Civil Veterinary Department Bihar & Orissa reports 1929-36 - 1929-1936
Year: 1929
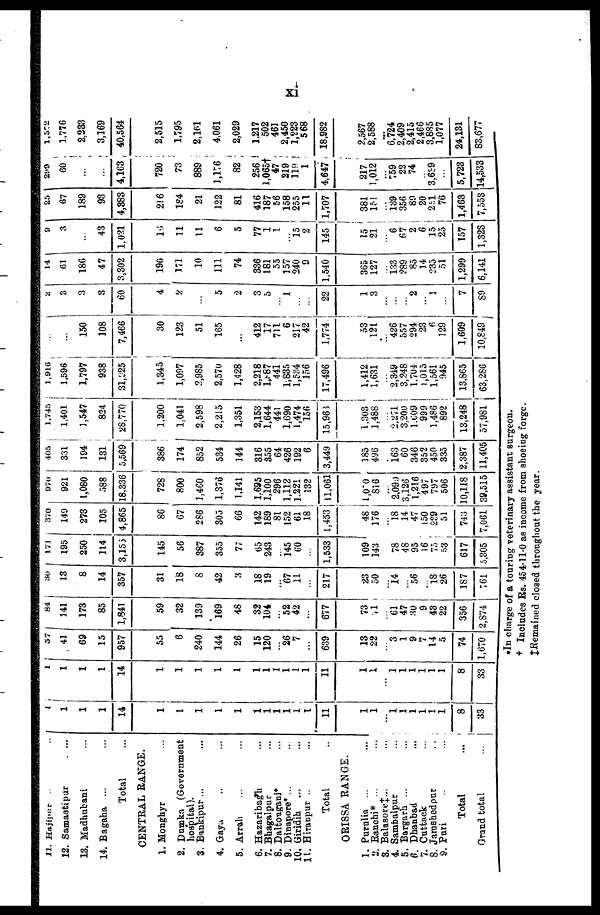
xi
11. Hajipur ...
12. Samastipur ...
13. Madhubani ...
14. Bagaha ... ...
Total
CENTRAL RANGE.
1. Monghyr ...
2. Dumka (Government
hospital).
3. Bankipur ... ...
4. Gaya ... ..
5. Arrah ... ...
6. Hazaribagh ...
7. Bhagalpur ...
8. Daltouganj* ..
9. Dinapore* ... ...
10. Giridih ...
11. Hiranpur .. ...
Total
ORISSA RANGE.
1. Purulia ...
2. Ranchi* ...
3. Balasore ‡ ...
4. Sambalpur ...
5. Bargarh ...
6. Dhanbad
7. Cuttack
8. Jarashedpar
9. Puii
Total
Grand total
1
1
1
1
14
1
1
1
1
1
1
1
1
1
1
1
11
1
1
... 1
1
1
1
1
1
8
33
1
1
1
1
14
1
1
1
1
1
1
1
1
1
1
1
11
1
1
...
1
1
1
1
1
1
8
33
57 41
69
15
957
55
6
240
144
26
15
120
...
26
7
...
639
13
22
... 3
1
9
7
14
5
74
1,670
84
141
173
85
1,841
59
32
139
169
48
32
104
...
52
42
....
677
73
71
... 61
47
30
9
43
22
356
2,874
30
13
8
14
357
31
18
8
42
3
18
19
...
67
11
...
217
23
50
... 14
56
18
26
187
761
171 195
250
114
3,153
145
56
387
355
77
65
243
...
145
60
...
1,533
109'
143
... 78
48
95
16
75
53
617
5,305
370
149
273
105
4,865
86
67
286
305
66
142
189
81
152
61
18
970
921
1,080
588
18,336
728
800
1,460
1,376
1,141
1,695
1,100
296
1,112
1,221
132
1,453 | 11,061
48
176
... 18
14
47
150
239
51
743
7,061
1,050
816
...
2,099
3,126
1,216
497
797
506
10,118
39,515
405
331
194
131
5,569
386
174
852
534
144
316
355
64
426
192
6
3,449
185
496
... 163
60
346
352
450
335
2,387
11,405
1,745
1,401
1,547
824
28,770
1,200
1,041
2,598
2,215
1,351
2,153
1,644
441
1,690
1,474
156
15,963
1,303
1,488
... 2,271
3.200
1.609
999
1,486
892
13,248
57,981
1,916
1,596
1,797
938
31,925
1,345
1,097
2,985
2,570
1,428
2,218
1,887
441
1,835
1,534
156
17,496
1,412
1,631
... 2,349
3,248
1.704
1,015
1,561
945
13,865
63,286
...
...
150
108
7,466
30
123
51
165
...
412
17
711
6
217
42
1,774
53
121
... 426
557
294
23
6
129
1,609
10,849
2
3
3
3
60
4
2
5
2
3
5
...
1
...
...
22
1
3
...
...
...
2
... 1
...
7
89
14
61
186
47
3,302
190
171
10
111
74
336
181
55
157
240
9
1,540
365
127
... 133
289
85
14
235
51
1,299
6,141
9
3
...
43
1,021
16
11
11
6
5
77
1
1
...
15
2
145
15 21
...
6
67
2
6
15
25
157
1,323
25
67
189
93
4,383
216
184
21
122
81
416
187
56
158
255
11
1,707
381
151
...
139
356
89
20
251
76
1,463
7,553
299
60
...
...
4,163
720
73
889
1,176
82
256
l,065
47
219
119
1
4,647
217
1,012
... 759
22
74
...
3,639
...
5,723
14,533
1,572
1,776
2,233
3,169
40,564
2,515
1,795
2,161
4,061
2,029
1,217
502
461
2,450
1,223
568
18,982
2,567
2,588
...
6,724
2,409
2,415
2,466
3,885
1,077
24,131
83,677
*In charge of a touring veterinary assistant surgeon.
†
Includes Rs. 454-11-0 as income from shoeing forge.
‡ Remained closed throughout the year.